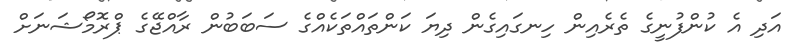
އަދި އެ ކުންފުނީގެ ތެރެއިން ހިނގައިގެން ދިޔަ ކަންތައްތަކެއްގެ ސަބަބުން ރާއްޖޭގެ ޕްރޮމޯޝަނަށް